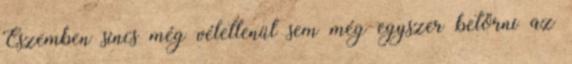
Eszemben sincs még véletlenül sem még egyszer betörni az